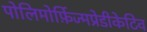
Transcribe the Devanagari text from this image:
पोलिमोर्फ़िज्मप्रेडीकेटिव